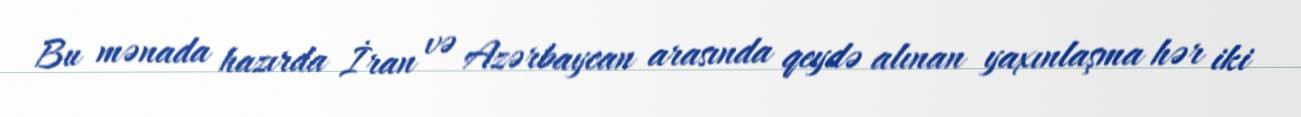
Bu mənada hazırda İran və Azərbaycan arasında qeydə alınan yaxınlaşma hər iki